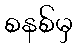
စနစ်မှ